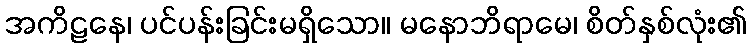
အကိဠနေ၊ ပင်ပန်းခြင်းမရှိသော။ မနောဘိရာမေ၊ စိတ်နှစ်လုံး၏